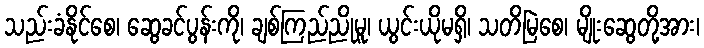
သည်းခံနိုင်စေ၊ ဆွေခင်ပွန်းကို၊ ချစ်ကြည်ညိုမူ၊ ယွင်းယိုမရှိ၊ သတိမြဲစေ၊ မျိုးဆွေတို့အား၊